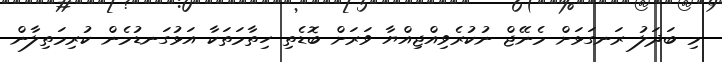
މި ބަދަލު ރަނގަޅަށް މެނޭޖް ނުކުރެވިއްޖިއްޔާ ވަރަށް ބޮޑެތި ހިތާމަތަކާ އަޅުގަނޑުމެން ކުރިމަތިލާން